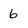
Character: 6